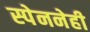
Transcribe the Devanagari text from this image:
स्पेननेही